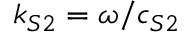
k _ { S 2 } = \omega / c _ { S 2 }